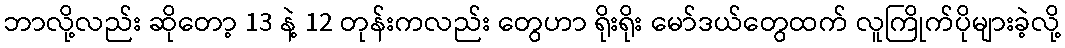
ဘာလို့လည်း ဆိုတော့ 13 နဲ့ 12 တုန်းကလည်း တွေဟာ ရိုးရိုး မော်ဒယ်တွေထက် လူကြိုက်ပိုများခဲ့လို့